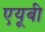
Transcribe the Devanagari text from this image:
एयूबी